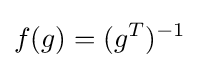
f(g)=(g^{T})^{-1}